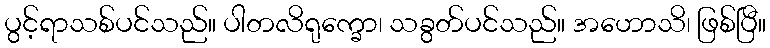
ပွင့်ရာသစ်ပင်သည်။ ပါတလိရုက္ခော၊ သခွတ်ပင်သည်။ အဟောသိ၊ ဖြစ်ပြီ။